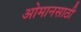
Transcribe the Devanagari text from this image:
ओमानसाठी